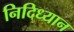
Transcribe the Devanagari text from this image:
निदिध्यान